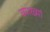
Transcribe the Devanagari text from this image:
व्याख्यां